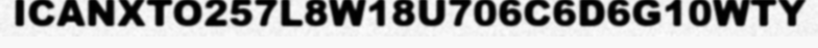
ICANXTO257L8W18U706C6D6G10WTY